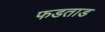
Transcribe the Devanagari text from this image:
फडताड